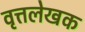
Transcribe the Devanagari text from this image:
वृत्तलेखक